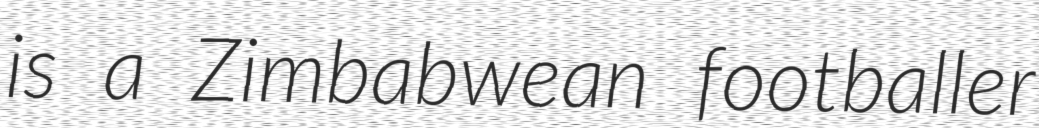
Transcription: is a Zimbabwean footballer